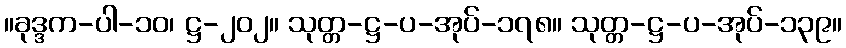
။ခုဒ္ဒက-ပါ-၁၀၊ ဋ္ဌ-၂၀၂။ သုတ္တ-ဋ္ဌ-ပ-အုပ်-၁၇၈။ သုတ္တ-ဋ္ဌ-ပ-အုပ်-၁၃၉။